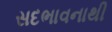
સદભાવનાથી